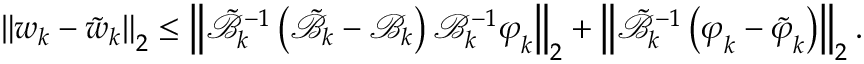
{ \left\| { \boldsymbol { w } } _ { k } - { \boldsymbol { \tilde { w } } } _ { k } \right\| } _ { 2 } \leq { \left\| \tilde { \mathcal { B } } _ { k } ^ { - 1 } \left( \tilde { \mathcal { B } } _ { k } - \mathcal { B } _ { k } \right) \mathcal { B } _ { k } ^ { - 1 } { \boldsymbol { \varphi } } _ { k } \right\| } _ { 2 } + { \left\| \tilde { \mathcal { B } } _ { k } ^ { - 1 } \left( { \boldsymbol { \varphi } } _ { k } - { \boldsymbol { \tilde { \varphi } } } _ { k } \right) \right\| } _ { 2 } \, .